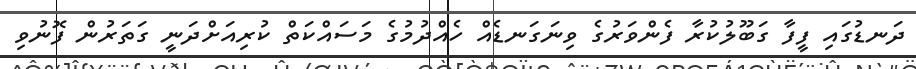
ދަނޑުގައި ފީފާ ގަބޫލުކުރާ ފެންވަރުގެ ވިނަގަނޑެއް ހެއްދުމުގެ މަސައްކަތް ކުރިއަށްދަނީ ގަތަރުން ފޮނުވި